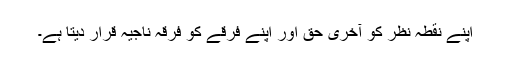
اپنے نقطہ نظر کو آخری حق اور اپنے فرقے کو فرقہ ناجیہ قرار دیتا ہے۔